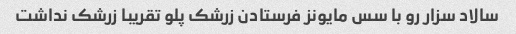
سالاد سزار رو با سس مایونز فرستادن زرشک پلو تقریبا زرشک نداشت